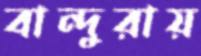
বান্দুরায়